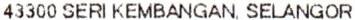
43300 SERI KEMBANGAN, SELANGOR